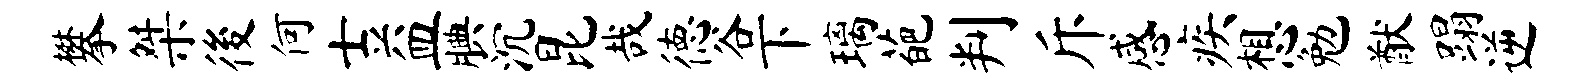
攀桀後何士益腆沉昆哉德谷下璃葩判斥感疾想勉猷蹋逆